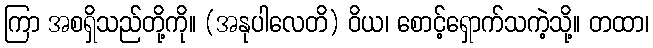
ကြာ အစရှိသည်တို့ကို။ (အနုပါလေတိ) ဝိယ၊ စောင့်ရှောက်သကဲ့သို့။ တထာ၊